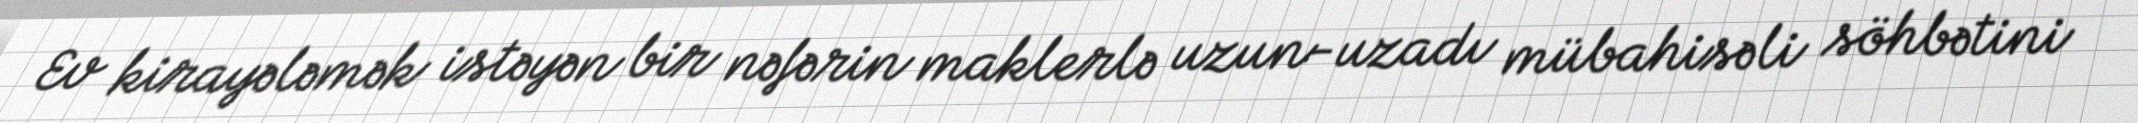
Ev kirayələmək istəyən bir nəfərin maklerlə uzun-uzadı mübahisəli söhbətini